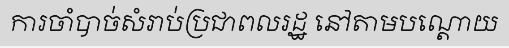
ការចាំបាច់សំរាប់ប្រជាពលរដ្ឋ នៅតាមបណ្តោយ